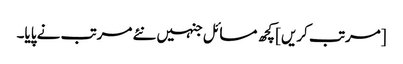
[مرتب کریں] کچھ مسائل جنہیں نئے مرتب نے پایا۔